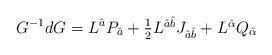
\begin{align*}G^{-1}dG=L^{\hat{a}}P_{\hat{a}}+\textstyle{\frac{1}{2}}L^{\hat{a}\hat{b}}J_{\hat{a}\hat{b}}+L^{\hat{\alpha}}Q_{\hat{\alpha}}\end{align*}